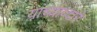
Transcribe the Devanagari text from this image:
यांच्याव्दारे